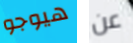
هيوجو عن